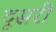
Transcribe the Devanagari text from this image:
दूसरी